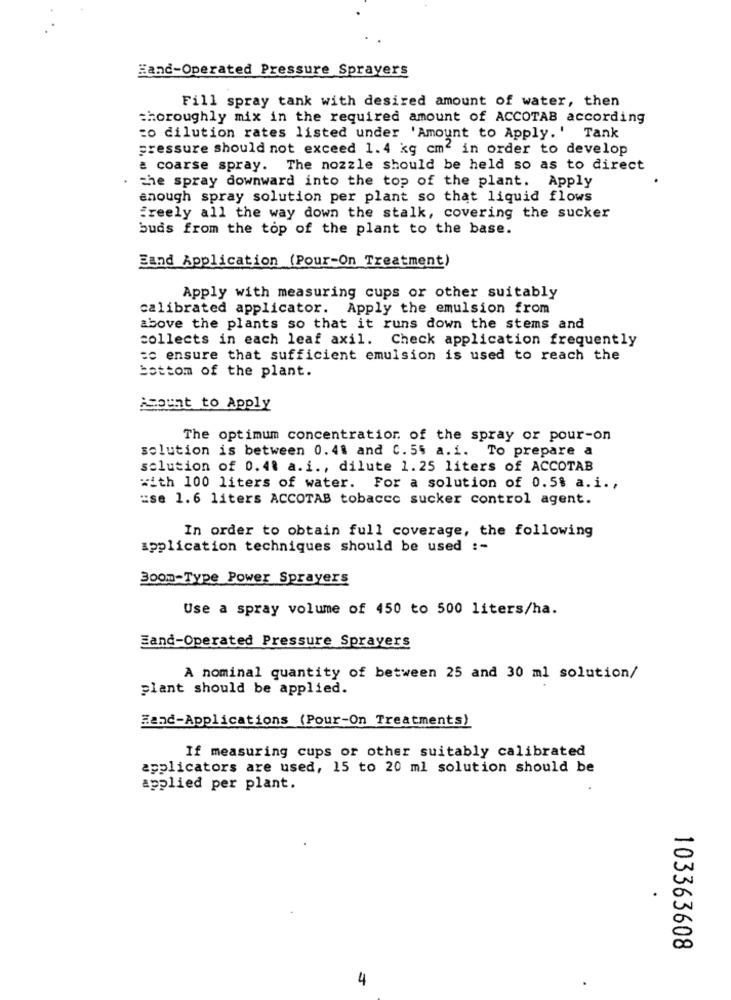
Hand-Operated Pressure Sprayers
Fill spray tank with desired amount of water, then
thoroughly mix in the required amount of ACCOTAB according
co dilution rates listed under 'Amount to Apply.' Tank
pressure should not exceed 1.4 kg cm2 in order to develop
a coarse spray. The nozzle should be held so as to direct
the spray downward into the top of the plant. Apply
enough spray solution per plant so that liquid flows
freely all the way down the stalk, covering the sucker
buds from the top of the plant to the base.
Eand Application (Pour-On Treatment)
Apply with measuring cups or other suitably
calibrated applicator. Apply the emulsion from
above the plants so that it runs down the stems and
collects in each leaf axil. Check application frequently
to ensure that sufficient emulsion is used to reach the
bottom of the plant.
Asount to Apply
The optimum concentration of the spray or pour-on
solution is between 0.41 and 0.55 a.i. To prepare a
solution of 0.48 a.i ., dilute 1.25 liters of ACCOTAB
with 100 liters of water. For a solution of 0.5% a.i .,
:se 1.6 liters ACCOTAB tobacco sucker control agent.
In order to obtain full coverage, the following
application techniques should be used :-
Boom-Type Power Sprayers
Use a spray volume of 450 to 500 liters/ha.
Eand-Operated Pressure Sprayers
A nominal quantity of between 25 and 30 ml solution/
plant should be applied.
Hand-Applications (Pour-On Treatments)
If measuring cups or other suitably calibrated
applicators are used, 15 to 20 ml solution should be
applied per plant.
103363608
4